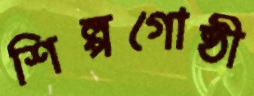
শিল্পগোষ্ঠী